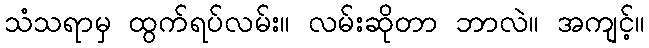
သံသရာမှ ထွက်ရပ်လမ်း။ လမ်းဆိုတာ ဘာလဲ။ အကျင့်။